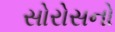
સોરોસનો